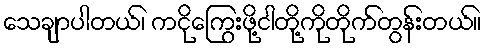
သေချာပါတယ်၊ ကငိုကြွေးဖို့ငါတို့ကိုတိုက်တွန်းတယ်။